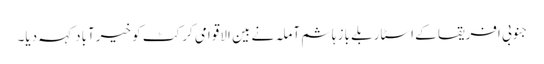
جنوبی افریقا کے اسٹار بلے باز ہاشم آملہ نے بین الاقوامی کرکٹ کو خیرآباد کہہ دیا۔